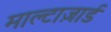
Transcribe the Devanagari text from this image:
माल्टाज़ार्ड